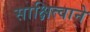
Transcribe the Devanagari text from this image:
साक्षित्वाने